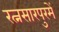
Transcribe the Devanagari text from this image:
रत्नसारपुरमें